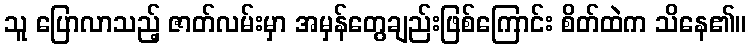
သူ ပြောလာသည့် ဇာတ်လမ်းမှာ အမှန်တွေချည်းဖြစ်ကြောင်း စိတ်ထဲက သိနေ၏။